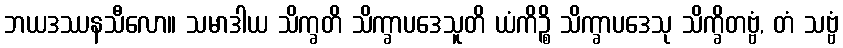
ဘယဒဿနသီလော။ သမာဒါယ သိက္ခတိ သိက္ခာပဒေသူတိ ယံကိဉ္စိ သိက္ခာပဒေသု သိက္ခိတဗ္ဗံ, တံ သဗ္ဗံ